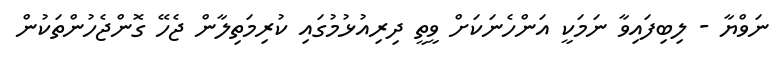
ނަވްޔާ - ލިބިފައިވާ ނަމަކީ އަންހެނަކަށް ވީތީ ދިރިއުޅުމުގައި ކުރިމަތިލާން ޖެހޭ ގޮންޖެހުންތަކުން